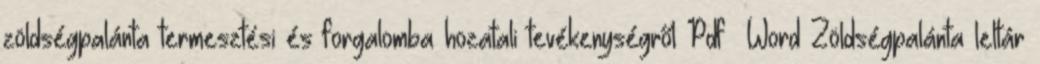
zöldségpalánta termesztési és forgalomba hozatali tevékenységről Pdf Word Zöldségpalánta leltár